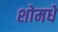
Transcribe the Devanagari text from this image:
शोमधे